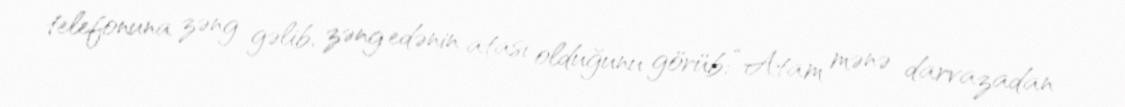
telefonuna zəng gəlib, zəng edənin atası olduğunu görüb: “Atam mənə darvazadan